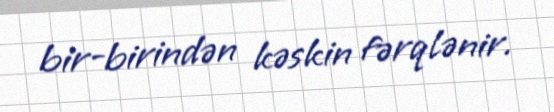
bir-birindən kəskin fərqlənir.